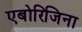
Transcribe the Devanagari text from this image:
एबोरिजिना